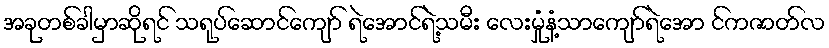
အခုတစ်ခါမှာဆိုရင် သရုပ်ဆောင်ကျော် ရဲအောင်ရဲ့သမီး လေးမှုံနံ့သာကျော်ရဲအော င်ကဇာတ်လ